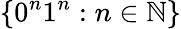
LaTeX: \{ 0^{n}1^{n}:n\in\mathbb{N}\}